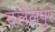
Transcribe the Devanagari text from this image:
दलेलपुर